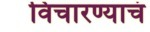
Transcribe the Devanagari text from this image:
विचारण्याचं